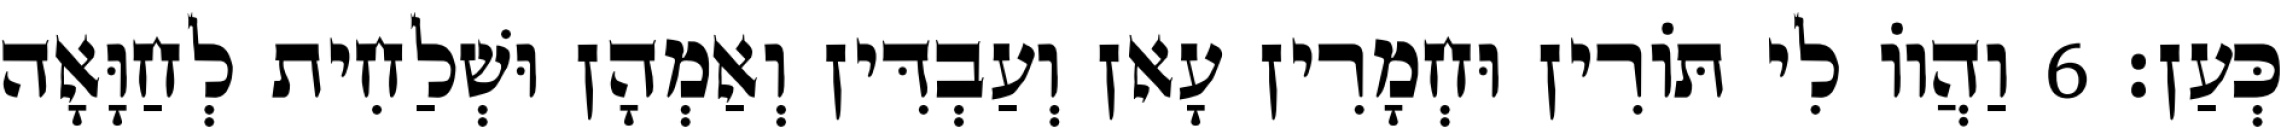
כְּעַן׃ 6 וַהֲווֹ לִי תּוֹרִין וּחְמָרִין עָאן וְעַבְדִּין וְאַמְהָן וּשְׁלַחִית לְחַוָּאָה